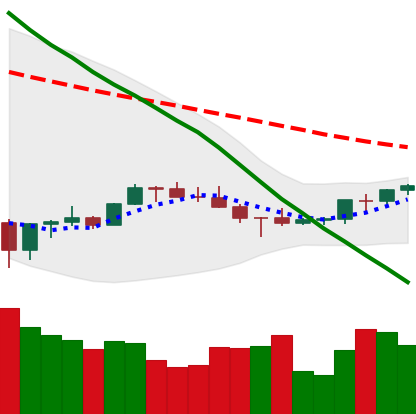
Ticker: BNB-USD
Chart end date: 2022-07-07
Forward return: -8.727%
Label: down_7plus